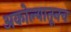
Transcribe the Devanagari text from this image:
अकोल्यातूनच